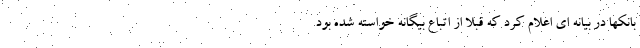
بانکها در بیانه ای اعلام کرد که قبلا از اتباع بیگانه خواسته شده بود